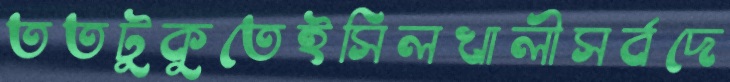
ততটুকুতেইসিলখালীসর্বদে